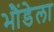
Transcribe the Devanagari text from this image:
भौंडेला